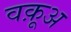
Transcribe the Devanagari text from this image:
वक़ूअ